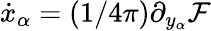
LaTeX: \dot{x}_{\alpha}=(1/4\pi)\partial_{y_{\alpha}}\mathcal F